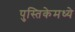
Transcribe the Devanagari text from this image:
पुस्तिकेमध्ये